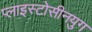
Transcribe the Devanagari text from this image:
प्लाइस्टोसीनयुग